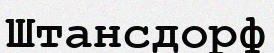
Штансдорф